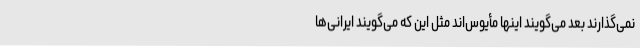
نمی‌گذارند بعد می‌گویند اینها مأیوس‌اند مثل این که می‌گویند ایرانی‌ها